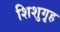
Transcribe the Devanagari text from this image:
शिशुगृह